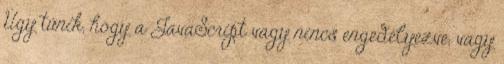
Úgy tűnik, hogy a JavaScript vagy nincs engedélyezve, vagy